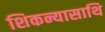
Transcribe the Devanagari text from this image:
शिकन्यासाथि